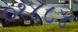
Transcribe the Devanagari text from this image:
०१४८४